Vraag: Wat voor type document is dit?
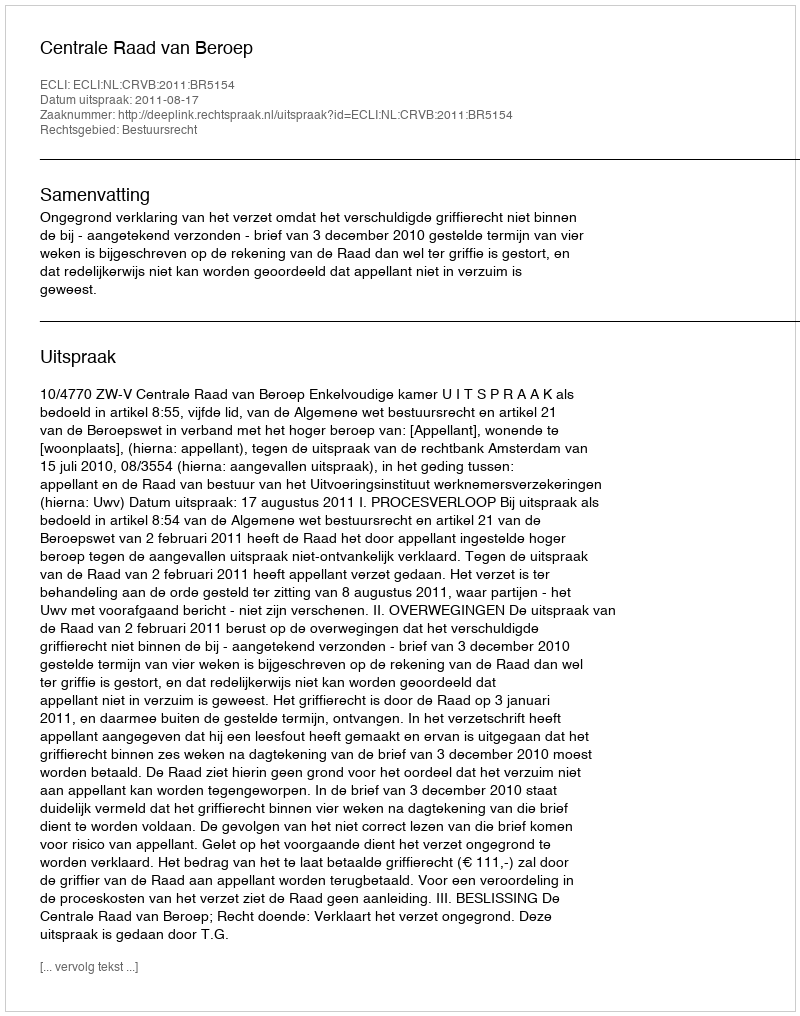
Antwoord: Uitspraak